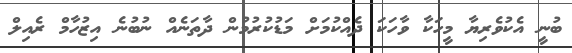
ބުނީ އެކުވެރިޔާ މީހަކާ ވާހަކަ ދެއްކުމަށް މަޑުކުރުމުން ދާތަނެއް ނުބުނެ އިޒުހާމް ރެއިލް